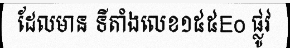
ដែលមាន ទីតាំងលេខ១៥៥Eo ផ្លូវ